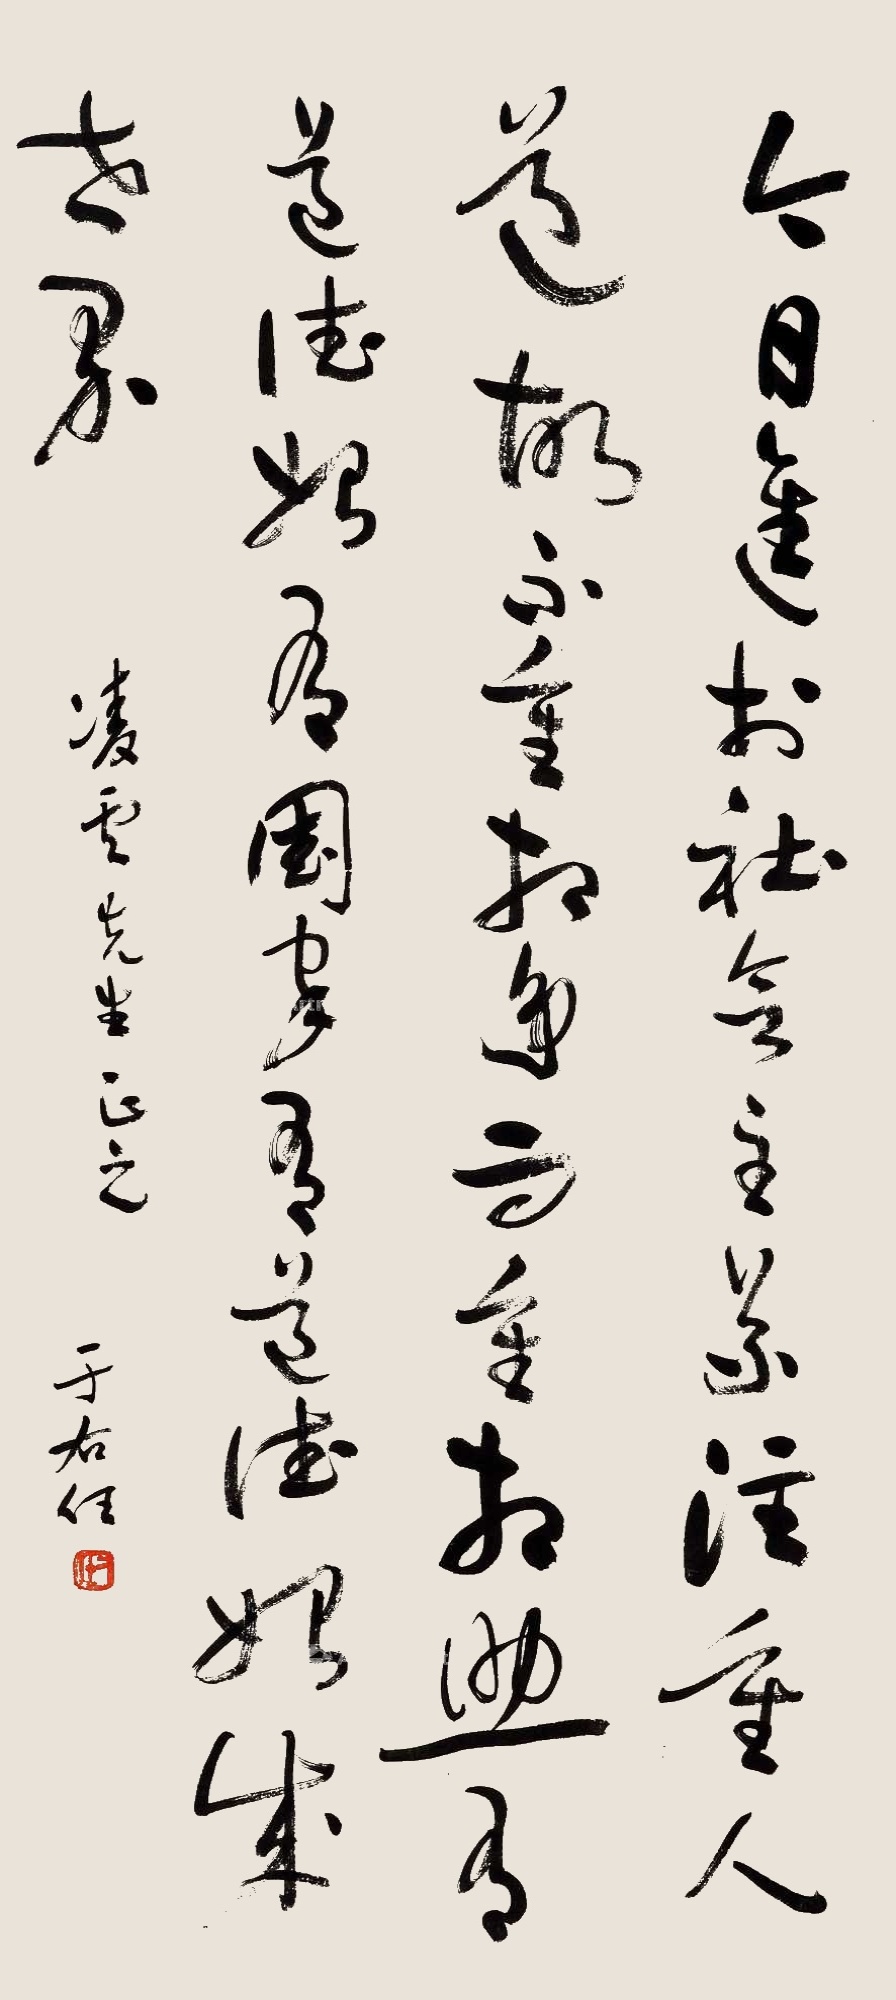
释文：今日进于社会主义，注重人道，故不重相争，而重相助，有道德始有国家，有道德始成世界。凌云先生正之，于右任。